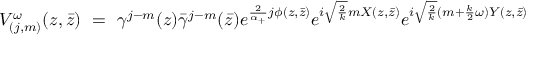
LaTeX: V _ { ( j , m ) } ^ { \omega } ( z , \bar { z } ) ~ = ~ \gamma ^ { j - m } ( z ) \bar { \gamma } ^ { j - m } ( \bar { z } ) e ^ { \frac 2 { \alpha _ { + } } j \phi ( z , \bar { z } ) } e ^ { i \sqrt { \frac { 2 } { k } } m X ( z , \bar { z } ) } e ^ { i \sqrt { \frac { 2 } { k } } ( m + { \frac { k } { 2 } } \omega ) Y ( z , \bar { z } ) }